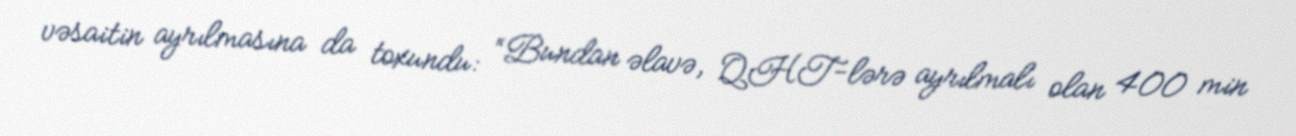
vəsaitin ayrılmasına da toxundu: “Bundan əlavə, QHT-lərə ayrılmalı olan 400 min